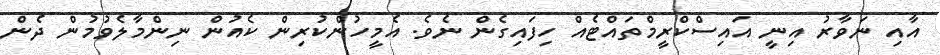
އާއި ނަވާރު އިނީ އައިސްކްރީމްތައްޓެއް ހިފައިގެން ނެވެ. އެމީހުންކުރިން ކެއުން ނިންމާލެވުމުން ދެން